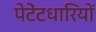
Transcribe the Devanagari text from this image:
पेटेंटधारियों